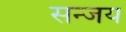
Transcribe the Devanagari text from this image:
सन्जय